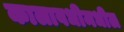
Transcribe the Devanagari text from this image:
कालावधीमधील